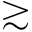
\gtrsim